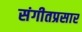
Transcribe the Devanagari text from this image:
संगीतप्रसार